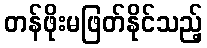
တန်ဖိုးမဖြတ်နိုင်သည့်